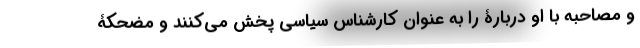
و مصاحبه با او دربارۀ را به عنوان کارشناس سیاسی پخش می‌کنند و مضحکۀ